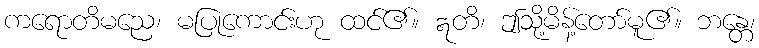
ကရောတိမညေ၊ မပြုကောင်းဟု ထင်၏။ ဣတိ၊ ဤသို့မိန့်တော်မူ၏။ ဘန္တေ၊